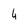
Character: 4